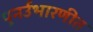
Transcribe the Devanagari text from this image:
पुनर्उभारणीत